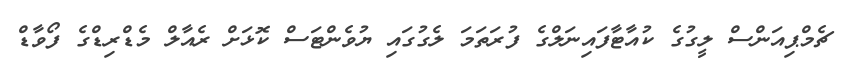
ޗެމްޕިއަންސް ލީގުގެ ކުއާޓާފައިނަލްގެ ފުރަތަމަ ލެގުގައި ޔުވެންޓަސް ކޮޅަށް ރެއާލް މެޑްރިޑްގެ ފޯވާޑް